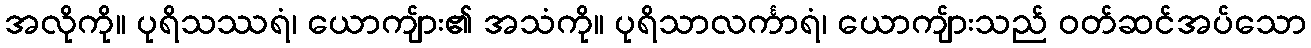
အလိုကို။ ပုရိသဿရံ၊ ယောကျ်ား၏ အသံကို။ ပုရိသာလင်္ကာရံ၊ ယောကျ်ားသည် ဝတ်ဆင်အပ်သော